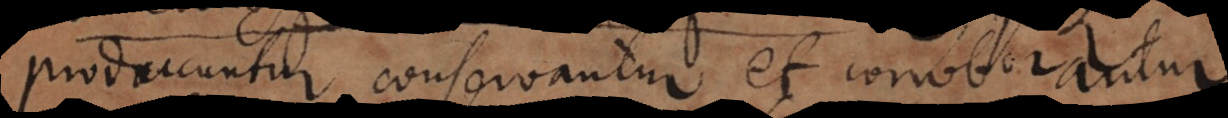
producuntur, conservantur et corroborantur